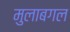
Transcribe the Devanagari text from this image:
मुलाबगल